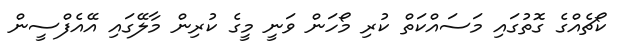
ކޯޗެއްގެ ގޮތުގައި މަސައްކަތް ކުރި މޯހަން ވަނީ މީގެ ކުރިން މާލޭގައި އޭއެފްސީން